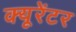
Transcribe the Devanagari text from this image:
क्यूरेंटर